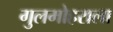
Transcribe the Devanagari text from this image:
गुलमोहराला